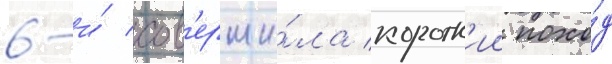
6-и́ сов'ерши́ла коротк'ии похо́д